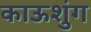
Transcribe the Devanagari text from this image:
काऊशुंग